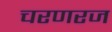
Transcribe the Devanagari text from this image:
चरणरज